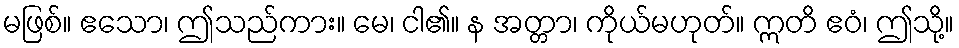
မဖြစ်။ ဧသော၊ ဤသည်ကား။ မေ၊ ငါ၏။ န အတ္တာ၊ ကိုယ်မဟုတ်။ ဣတိ ဧဝံ၊ ဤသို့။